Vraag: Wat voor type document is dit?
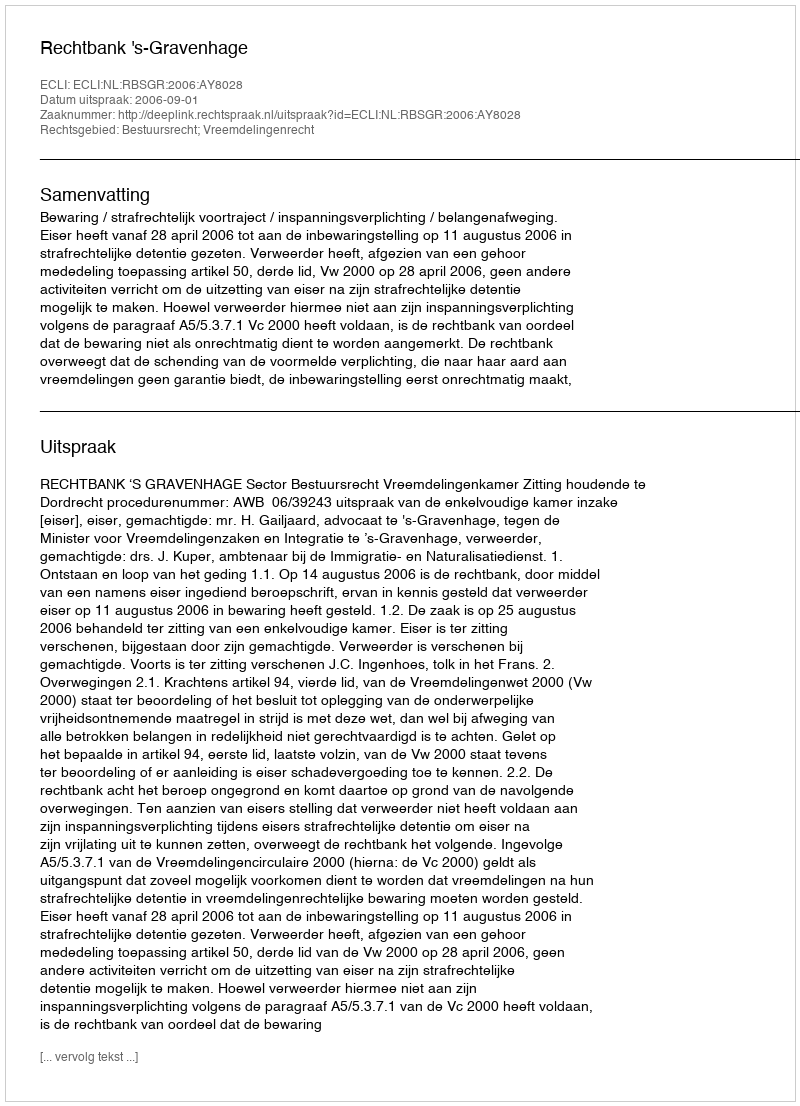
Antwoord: Uitspraak